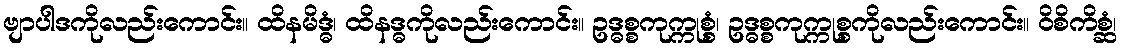
ဗျာပါဒကိုလည်းကောင်း။ ထိနမိဒ္ဓံ၊ ထိနဒ္ဓကိုလည်းကောင်း။ ဥဒ္ဓစ္စကုက္ကုစ္စံ၊ ဥဒ္ဓစ္စကုက္ကုစ္စကိုလည်းကောင်း။ ဝိစိကိစ္ဆံ၊